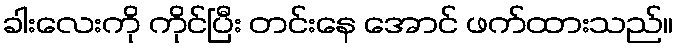
ခါးလေးကို ကိုင်ပြီး တင်းနေ အောင် ဖက်ထားသည်။